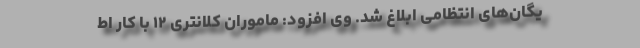
یگان‌های انتظامی ابلاغ شد. وی افزود: ماموران کلانتری ۱۲ با کار اط